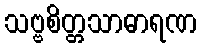
သဗ္ဗစိတ္တသာဓာရဏ